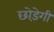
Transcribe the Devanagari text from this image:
छोड़ेगी